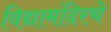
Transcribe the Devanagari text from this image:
विद्यामंदिरचे